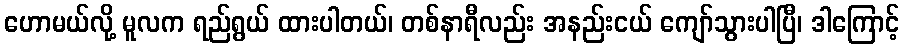
ဟောမယ်လို့ မူလက ရည်ရွယ် ထားပါတယ်၊ တစ်နာရီလည်း အနည်းငယ် ကျော်သွားပါပြီ၊ ဒါကြောင့်